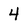
Character: 4